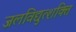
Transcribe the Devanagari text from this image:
जलविद्युत्शक्ति